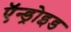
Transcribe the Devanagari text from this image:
ऍन्ड्रोइड